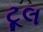
ટૂલ